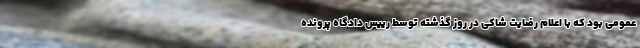
عمومی بود که با اعلام رضایت شاکی در روز گذشته توسط رییس دادگاه پرونده